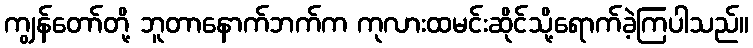
ကျွန်တော်တို့ ဘူတာနောက်ဘက်က ကုလားထမင်းဆိုင်သို့ရောက်ခဲ့ကြပါသည်။